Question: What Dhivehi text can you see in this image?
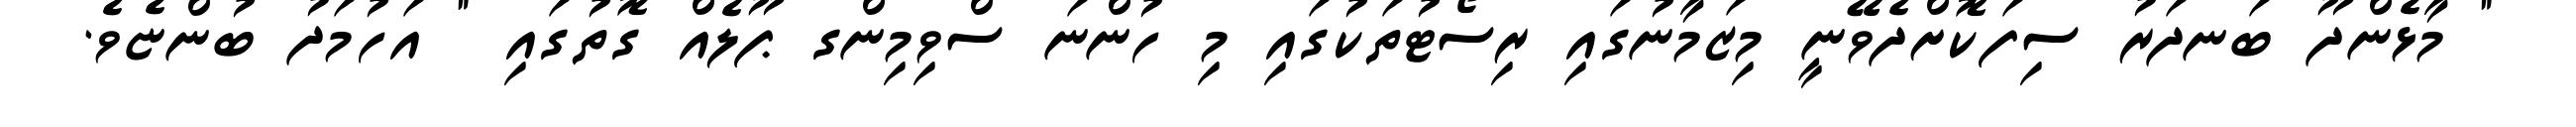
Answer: " މާޅެންދޫ ބަނދަރު ސިފަކޮށްދެވޭނީ މިޒަމާނުގައި ރިސޯޓުތަކުގައި މި ހުންނަ ސްވިމިންގ ޕޫލެއް ގޮތުގައި " އަހުމަދު ބުންޏެވެ.